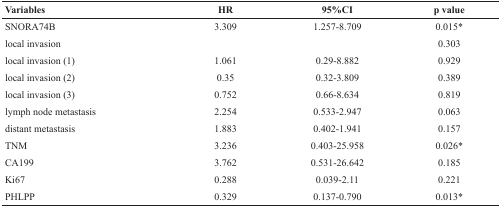
| Variables | HR | 95%CI | p value |
 | --- | --- | --- | --- |
 | SNORA74B | 3.309 | 1.257-8.709 | 0.015* |
 | local invasion |  |  | 0.303 |
 | local invasion (1) | 1.061 | 0.29-8.882 | 0.929 |
 | local invasion (2) | 0.35 | 0.32-3.809 | 0.389 |
 | local invasion (3) | 0.752 | 0.66-8.634 | 0.819 |
 | lymph node metastasis | 2.254 | 0.533-2.947 | 0.063 |
 | distant metastasis | 1.883 | 0.402-1.941 | 0.157 |
 | TNM | 3.236 | 0.403-25.958 | 0.026* |
 | CA199 | 3.762 | 0.531-26.642 | 0.185 |
 | Ki67 | 0.288 | 0.039-2.11 | 0.221 |
 | PHLPP | 0.329 | 0.137-0.790 | 0.013* |